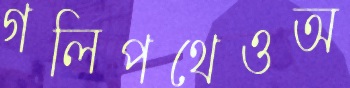
গলিপথেওঅ